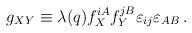
LaTeX: \begin{align*}g_{XY}\equiv \lambda(q)f_X^{iA}f_{Y}^{jB}\varepsilon _{ij}\varepsilon _{AB}\,. \end{align*}